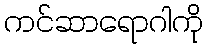
ကင်ဆာရောဂါကို